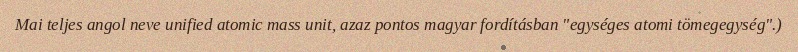
Mai teljes angol neve unified atomic mass unit, azaz pontos magyar fordításban "egységes atomi tömegegység".)